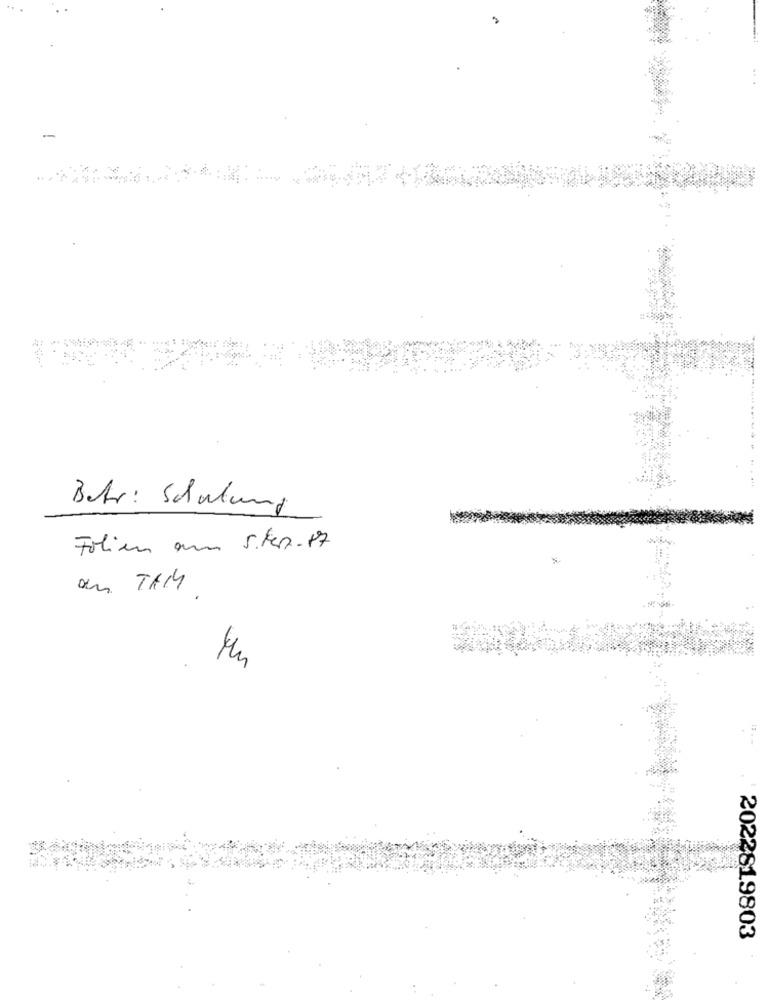
Betr: Schulung
Folien am S.ker.17
2022819803